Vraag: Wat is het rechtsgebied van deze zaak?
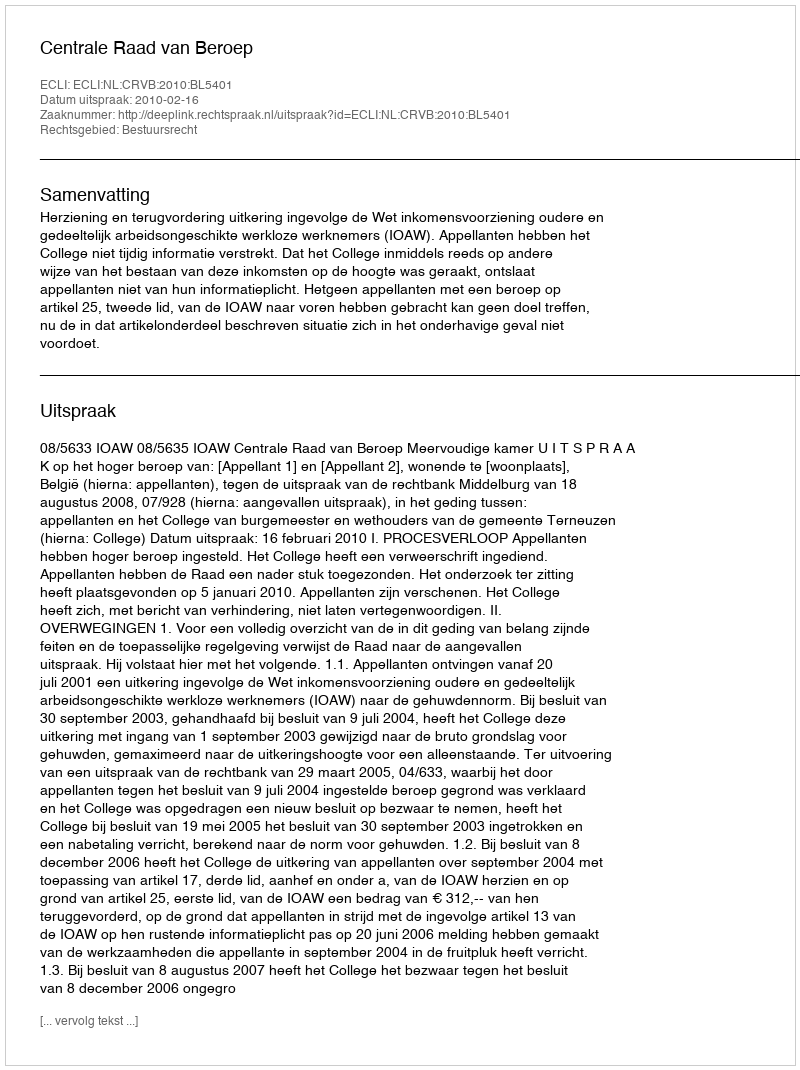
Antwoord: Bestuursrecht